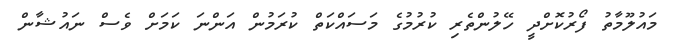
މައުލޫމާތު ފޯރުކޮށްދީ ހޭލުންތެރި ކުރުމުގެ މަސައްކަތް ކުރަމުން އަންނަ ކަމަށް ވެސް ނައުޝާން